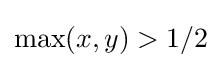
\max(x,y)>1/2